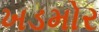
ખડમોર